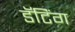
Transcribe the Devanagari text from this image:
डॅटिंग